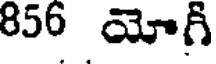
856 యోగీ